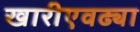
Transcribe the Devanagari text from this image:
खारीएवढ्या